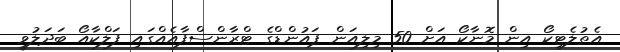
އެތުލެޓިކޯ އިން މޮނާކޯ އަށް 50 މިލިއަން ޕައުންޑްގެ ޓްރާންސްފާއެއްގައި ފަލްކާއޯ ބަދަލުވީ